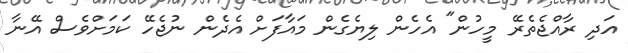
އަދި ރާއްޖެތެރޭ މީހުން" އެހެން ލިޔެގެން މައާފަށް އެދެން ނުޖެހޭ ކަމަށްވެސް އޭނާ